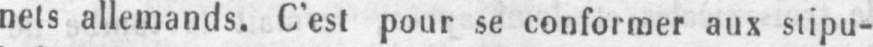
nets allemands. C’est pour se conformer aux stipu-